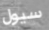
سيول